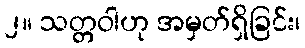
၂။ သတ္တဝါဟု အမှတ်ရှိခြင်း၊